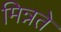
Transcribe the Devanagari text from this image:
मिन्नते